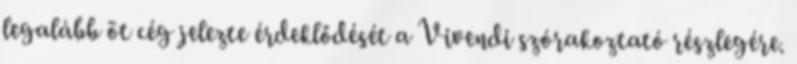
legalább öt cég jelezte érdeklődését a Vivendi szórakoztató részlegére.